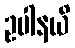
ဥပါနယိ